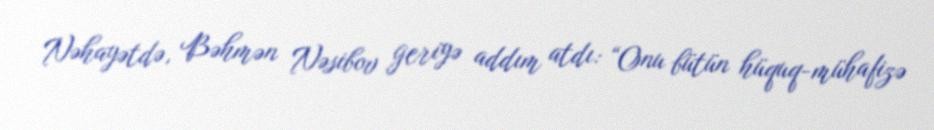
Nəhayətdə, Bəhmən Nəsibov geriyə addım atdı: “Onu bütün hüquq-mühafizə